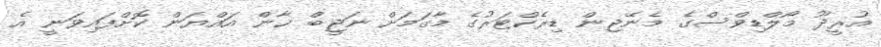
އުރީދޫ މޯލްޑިވްސްގެ މެނޭޖިން ޑިރެކްޓަރުގެ މާގަމަށް ނަޖީބް ޚާން އައްޔަން ކޮށްފައިވަނީ އެ